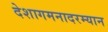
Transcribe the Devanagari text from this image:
देशागमनादरम्यान